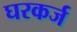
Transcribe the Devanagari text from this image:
घरकर्ज